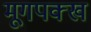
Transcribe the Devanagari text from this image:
मूगपक्ख